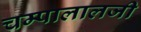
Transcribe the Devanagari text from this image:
चम्पालालजी